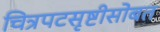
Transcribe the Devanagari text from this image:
चित्रपटसृष्टीसोबत